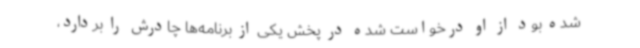
شده بود از او درخواست شده در پخش یکی از برنامه‌ها چادرش را بردارد،